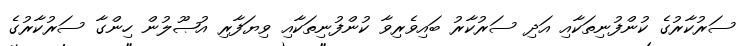
ސަރުކާރުގެ ކުންފުނިތަކާއި އަދި ސަރުކާރު ބައިވެރިވާ ކުންފުނިތަކާއި ވިޔަފާރި އުޞޫލުން ހިންގާ ސަރުކާރުގެ